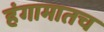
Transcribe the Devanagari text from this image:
हंगामातच